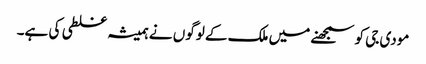
مودی جی کو سمجھنے میں ملک کے لوگوں نے ہمیشہ غلطی کی ہے۔